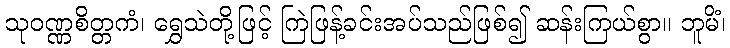
သုဝဏ္ဏစိတ္တကံ၊ ရွှေသဲတို့ဖြင့် ကြဲဖြန့်ခင်းအပ်သည်ဖြစ်၍ ဆန်းကြယ်စွာ။ ဘူမိံ၊